Lunatic asylums in Bengal annual reports 1899-1911 - 1899-1911
Year: 1899
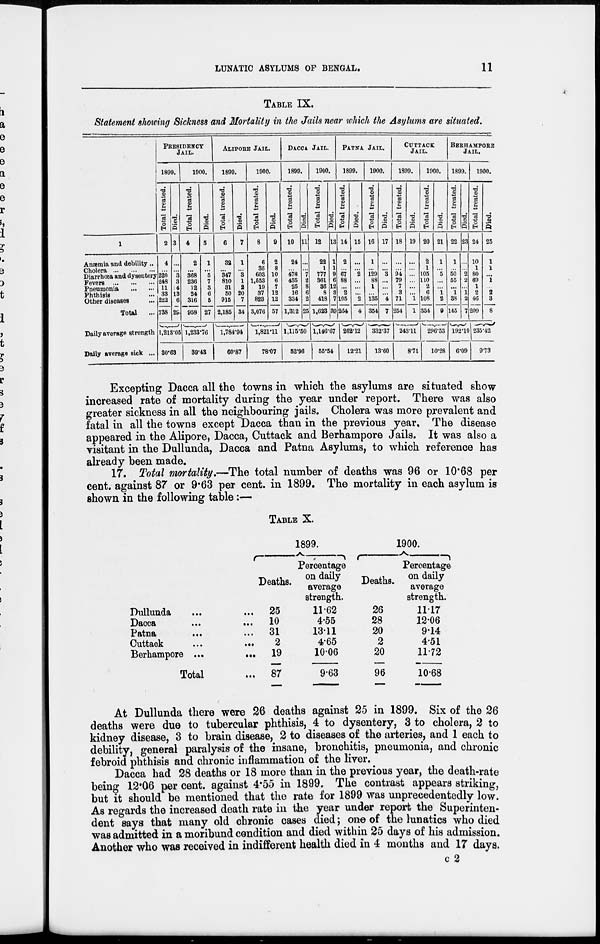
LUNATIC ASYLUMS OF BENGAL.
11
TABLE IX.
Statement showing Sickness and Mortality in the Jails near which the Asylums are situated.
1
Anæmia and debility..
Cholera
...
...
...
Diarrhœa and dysentery
Fevers
...
...
...
Pneumonia ... ... ...
Phthisis ...
Other diseases ...
Total
...
Daily average strength
Daily average sick ...
PRESIDENCY
JAIL.
1899.
Total treated.
2
4
...
220
248
11
33
222
738
Died.
3
...
...
3
3
4
13
6
29
1,213.05
30.63
1900.
Total treated.
4
2
...
368
236
12
24
316
958
Died.
5
1
...
5
7
3
6
5
27
1,233.76
39.43
ALIPORE
JAIL.
1899.
Total treated.
6
32
...
347
810
31
50
915
2,185
Died.
7
1
...
3
1
2
20
7
34
1,784.94
60.87
1900.
Total treated.
8
6
35
603
1,553
19
37
823
3,076
Died.
9
2
8
10
6
7
12
12
57
1,821.11
78.07
DACCA JAIL.
1899.
Total treated.
10
24
...
478
435
25
16
334
1,312
Died.
11
...
...
7
2
8
6
2
25
1,115.50
52.96
1900.
Total treated.
12
22
1
777
361
36
8
418
1,623
Died.
13
1
1
9
6
12
3
7
39
1,146.67
55.54
PATNA
JAIL.
1899.
Total treated.
14
2
...
67
88
...
2
105
264
Died.
15
...
....
2
...
...
...
2
4
262.12
12.21
1900.
Total treated.
16
1
...
129
88
1
...
135
354
Died.
17
...
...
3
...
...
...
4
7
332.37
13.60
CUTTACK
JAIL.
1899.
Total treated.
18
...
...
94
79
7
3
71
254
Died.
19
...
...
...
...
...
...
1
1
243.11
8.7l
1900.
Total treated.
20
2
1
105
110
2
6
108
334
Died.
21
1
...
5
...
...
1
2
9
296.53
10.28
BERHAMPORE
JAIL.
1899.
Total treated.
22
1
...
50
55
...
1
38
145
Died.
23
...
...
2
2
...
1
2
7
192.10
6.09
1900.
Total treated.
24
10
1
80
69
1
2
46
209
Died.
25
1
1
...
1
...
2
3
8
235.42
9.73
Excepting Dacca all the towns in which the asylums are situated show
increased rate of mortality during the year under report. There was also
greater sickness in all the neighbouring jails. Cholera was more prevalent and
fatal in all the towns except Dacca than in the previous year. The disease
appeared in the Alipore, Dacca, Cuttack and Berhampore Jails. It was also a
visitant in the Dullunda, Dacca and Patna Asylums, to which reference has
already been made.
17. Total mortality.—The total number of deaths was 96 or 10.68 per
cent. against 87 or 9.63 per cent. in 1899. The mortality in each asylum is
shown in the following table:—
TABLE X.
Dullunda ... ...
Dacca
...
...
Patna
...
...
Cuttack
...
...
Berhampore
...
...
Total ...
1899.
Deaths.
25
10
31
2
19
87
Percentage
on daily
average
strength.
11.62
4.55
13.11
4.65
10.06
9.63
1900.
Deaths.
26
28
20
2
20
96
Percentage
on daily
average
strength.
11.17
12.06
9.14
4.51
11.72
10.68
At Dullunda there were 26 deaths against 25 in 1899. Six of the 26
deaths were due to tubercular phthisis, 4 to dysentery, 3 to cholera, 2 to
kidney disease, 3 to brain disease, 2 to diseases of the arteries, and 1 each to
debility, general paralysis of the insane, bronchitis, pneumonia, and chronic
febroid phthisis and chronic inflammation of the liver.
Dacca had 28 deaths or 18 more than in the previous year, the death-rate
being 12.06 per cent. against 4.55 in 1899. The contrast appears striking,
but it should be mentioned that the rate for 1899 was unprecedentedly low.
As regards the increased death rate in the year under report the Superinten-
dent says that many old chronic cases died; one of the lunatics who died
was admitted in a moribund condition and died within 25 days of his admission.
Another who was received in indifferent health died in 4 months and 17 days.
c 2